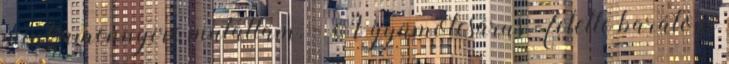
mint amennyire mutattam. - A gyümölcsárus - felelte barátom